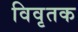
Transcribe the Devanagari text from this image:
विवृतक